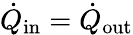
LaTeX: \dot{Q}_{\mathrm{in}}=\dot{Q}_{\mathrm{out}}